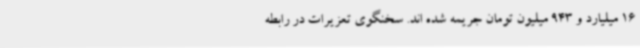
16 میلیارد و 943 میلیون تومان جریمه شده اند. سخنگوی تعزیرات در رابطه